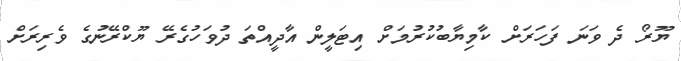
ޔޫރޯ ދެ ވަނަ ފަހަރަށް ކާމިޔާބުކުރުމަށް އިޓަލީން އާދީއްތަ ދުވަހުގެރޭ ޔޫކްރޭނުގެ ވެރިރަށް